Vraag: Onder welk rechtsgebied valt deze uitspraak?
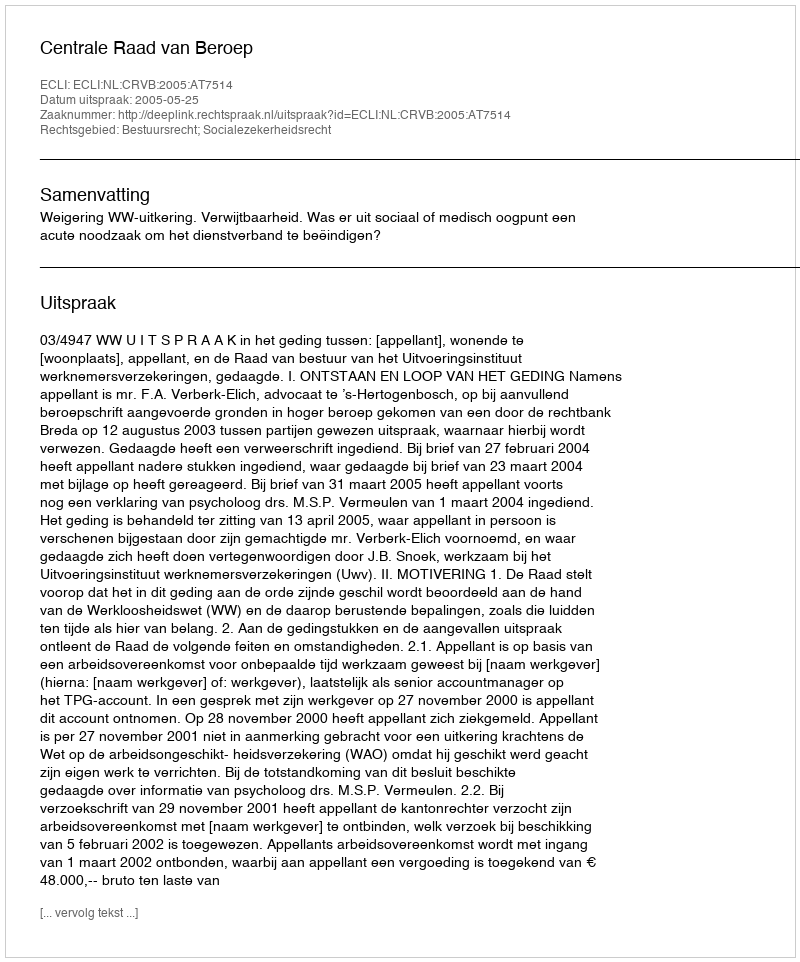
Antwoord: Bestuursrecht; Socialezekerheidsrecht